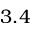
3 . 4